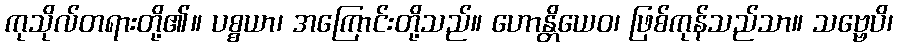
ကုသိုလ်တရားတို့၏။ ပစ္စယာ၊ အကြောင်းတို့သည်။ ဟောန္တိယေဝ၊ ဖြစ်ကုန်သည်သာ။ သဗ္ဗေပိ၊